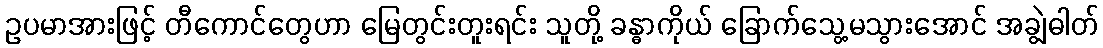
ဥပမာအားဖြင့် တီကောင်တွေဟာ မြေတွင်းတူးရင်း သူတို့ ခန္ဓာကိုယ် ခြောက်သွေ့မသွားအောင် အချွဲဓါတ်